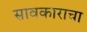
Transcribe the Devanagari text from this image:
सावकाराचा